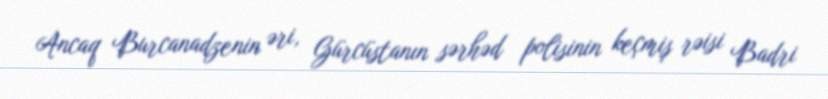
Ancaq Burcanadzenin əri, Gürcüstanın sərhəd polisinin keçmiş rəisi Badri